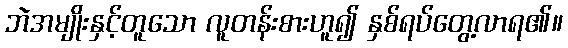
ဘဲအမျိုးနှင့်တူသော လူတန်းစားဟူ၍ နှစ်ရပ်တွေ့လာရ၏။